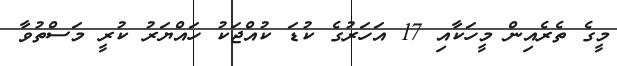
މީގެ ތެރެއިން މީހަކާއި 17 އަހަރުގެ ކުޑަ ކުއްޖަކު ހައްޔަރު ކުރީ މަސްތުވާ